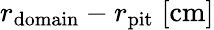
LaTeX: r_{\mathrm{domain}}-r_{\mathrm{pit}}\; [\mathrm{cm}]